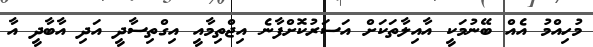
މުހިއްމު އެއް ބޭނުމަކީ އާއިލާތަކަށް އަސަރުކޮށްފާނެ އިޖްތިމާއީ އިގްތިސާދީ އަދި އާބާދީ އާ